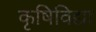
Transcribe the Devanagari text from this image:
कृषिविद्या